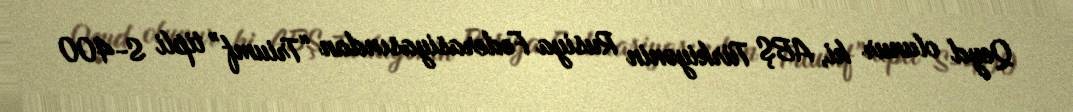
Qeyd olunur ki, ABŞ Türkiyənin Rusiya Federasiyasından “Triumf” tipli S-400